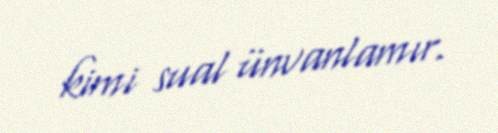
kimi sual ünvanlamır.